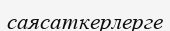
саясаткерлерге